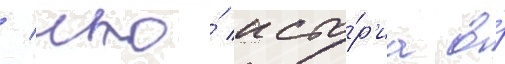
/ что́ исто́р'иа о́